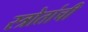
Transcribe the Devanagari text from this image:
स्त्रोतांची